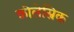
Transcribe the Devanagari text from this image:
कोलेस्निक